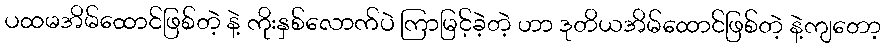
ပထမအိမ်ထောင်ဖြစ်တဲ့ နဲ့ ကိုးနှစ်လောက်ပဲ ကြာမြင့်ခဲ့တဲ့ ဟာ ဒုတိယအိမ်ထောင်ဖြစ်တဲ့ နဲ့ကျတော့